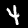
Label: 4